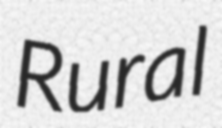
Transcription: Rural